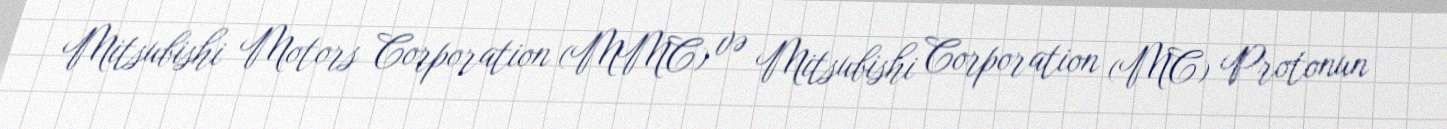
Mitsubishi Motors Corporation (MMC) və Mitsubishi Corporation (MC) Protonun